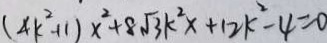
( 4 k ^ { 2 } + 1 ) x ^ { 2 } + 8 \sqrt { 3 } k ^ { 2 } x + 1 2 k ^ { 2 } - 4 = 0